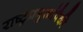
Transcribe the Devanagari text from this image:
राष्ट्रप्रमुखांपैकी